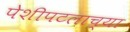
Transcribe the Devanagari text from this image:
पेशीपटलाच्या